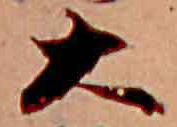
大